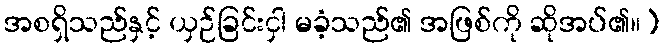
အစရှိသည်နှင့် ယှဉ်ခြင်းငှါ မခံ့သည်၏ အဖြစ်ကို ဆိုအပ်၏။)